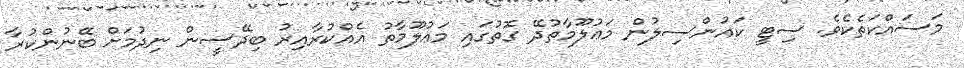
މަސައްކަތެކެވެ. ސިޓީ ކައުންސިލުން މަޢުލޫމާތުދޭ ގޮތުގައި މަޢުލޫމާތު އެއްކުރާއިރު ބިދޭސީން ނިދުމަށް ބޭނުންކުރާ